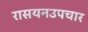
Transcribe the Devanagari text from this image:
रासयनउपचार